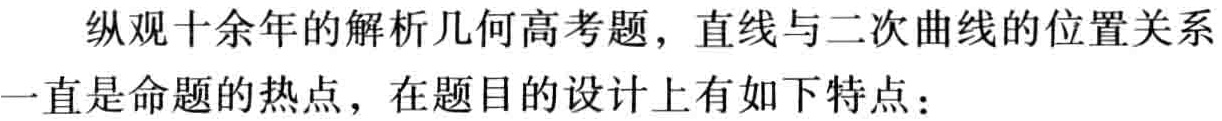
纵观十余年的解析几何高考题，直线与二次曲线的位置关系一直是命题的热点，在题目的设计上有如下特点：